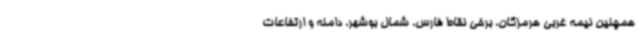
همچنین نیمه غربی هرمزگان، برخی نقاط فارس، شمال بوشهر، دامنه و ارتفاعات